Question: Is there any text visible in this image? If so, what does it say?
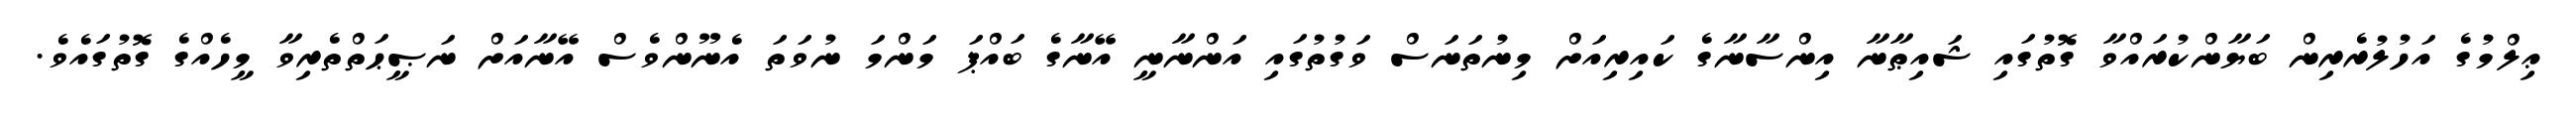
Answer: ޢިލްމުގެ އަހުލުރެރިން ބަޔާންކުރައްވާ ގޮތުގައި ޝައިޠާނާ އިންސާނާގެ ކައިރިއަށް މިނުތަނަސް ވަގުތުގައި އަންނާނީ އޭނާގެ ބައްޕަ މަންމަ ނުވަތަ އެނޫންވެސް އޭނާއަށް ނަޞީޙަތްތެރިވާ މީހެއްގެ ގޮތުގައެވެ.